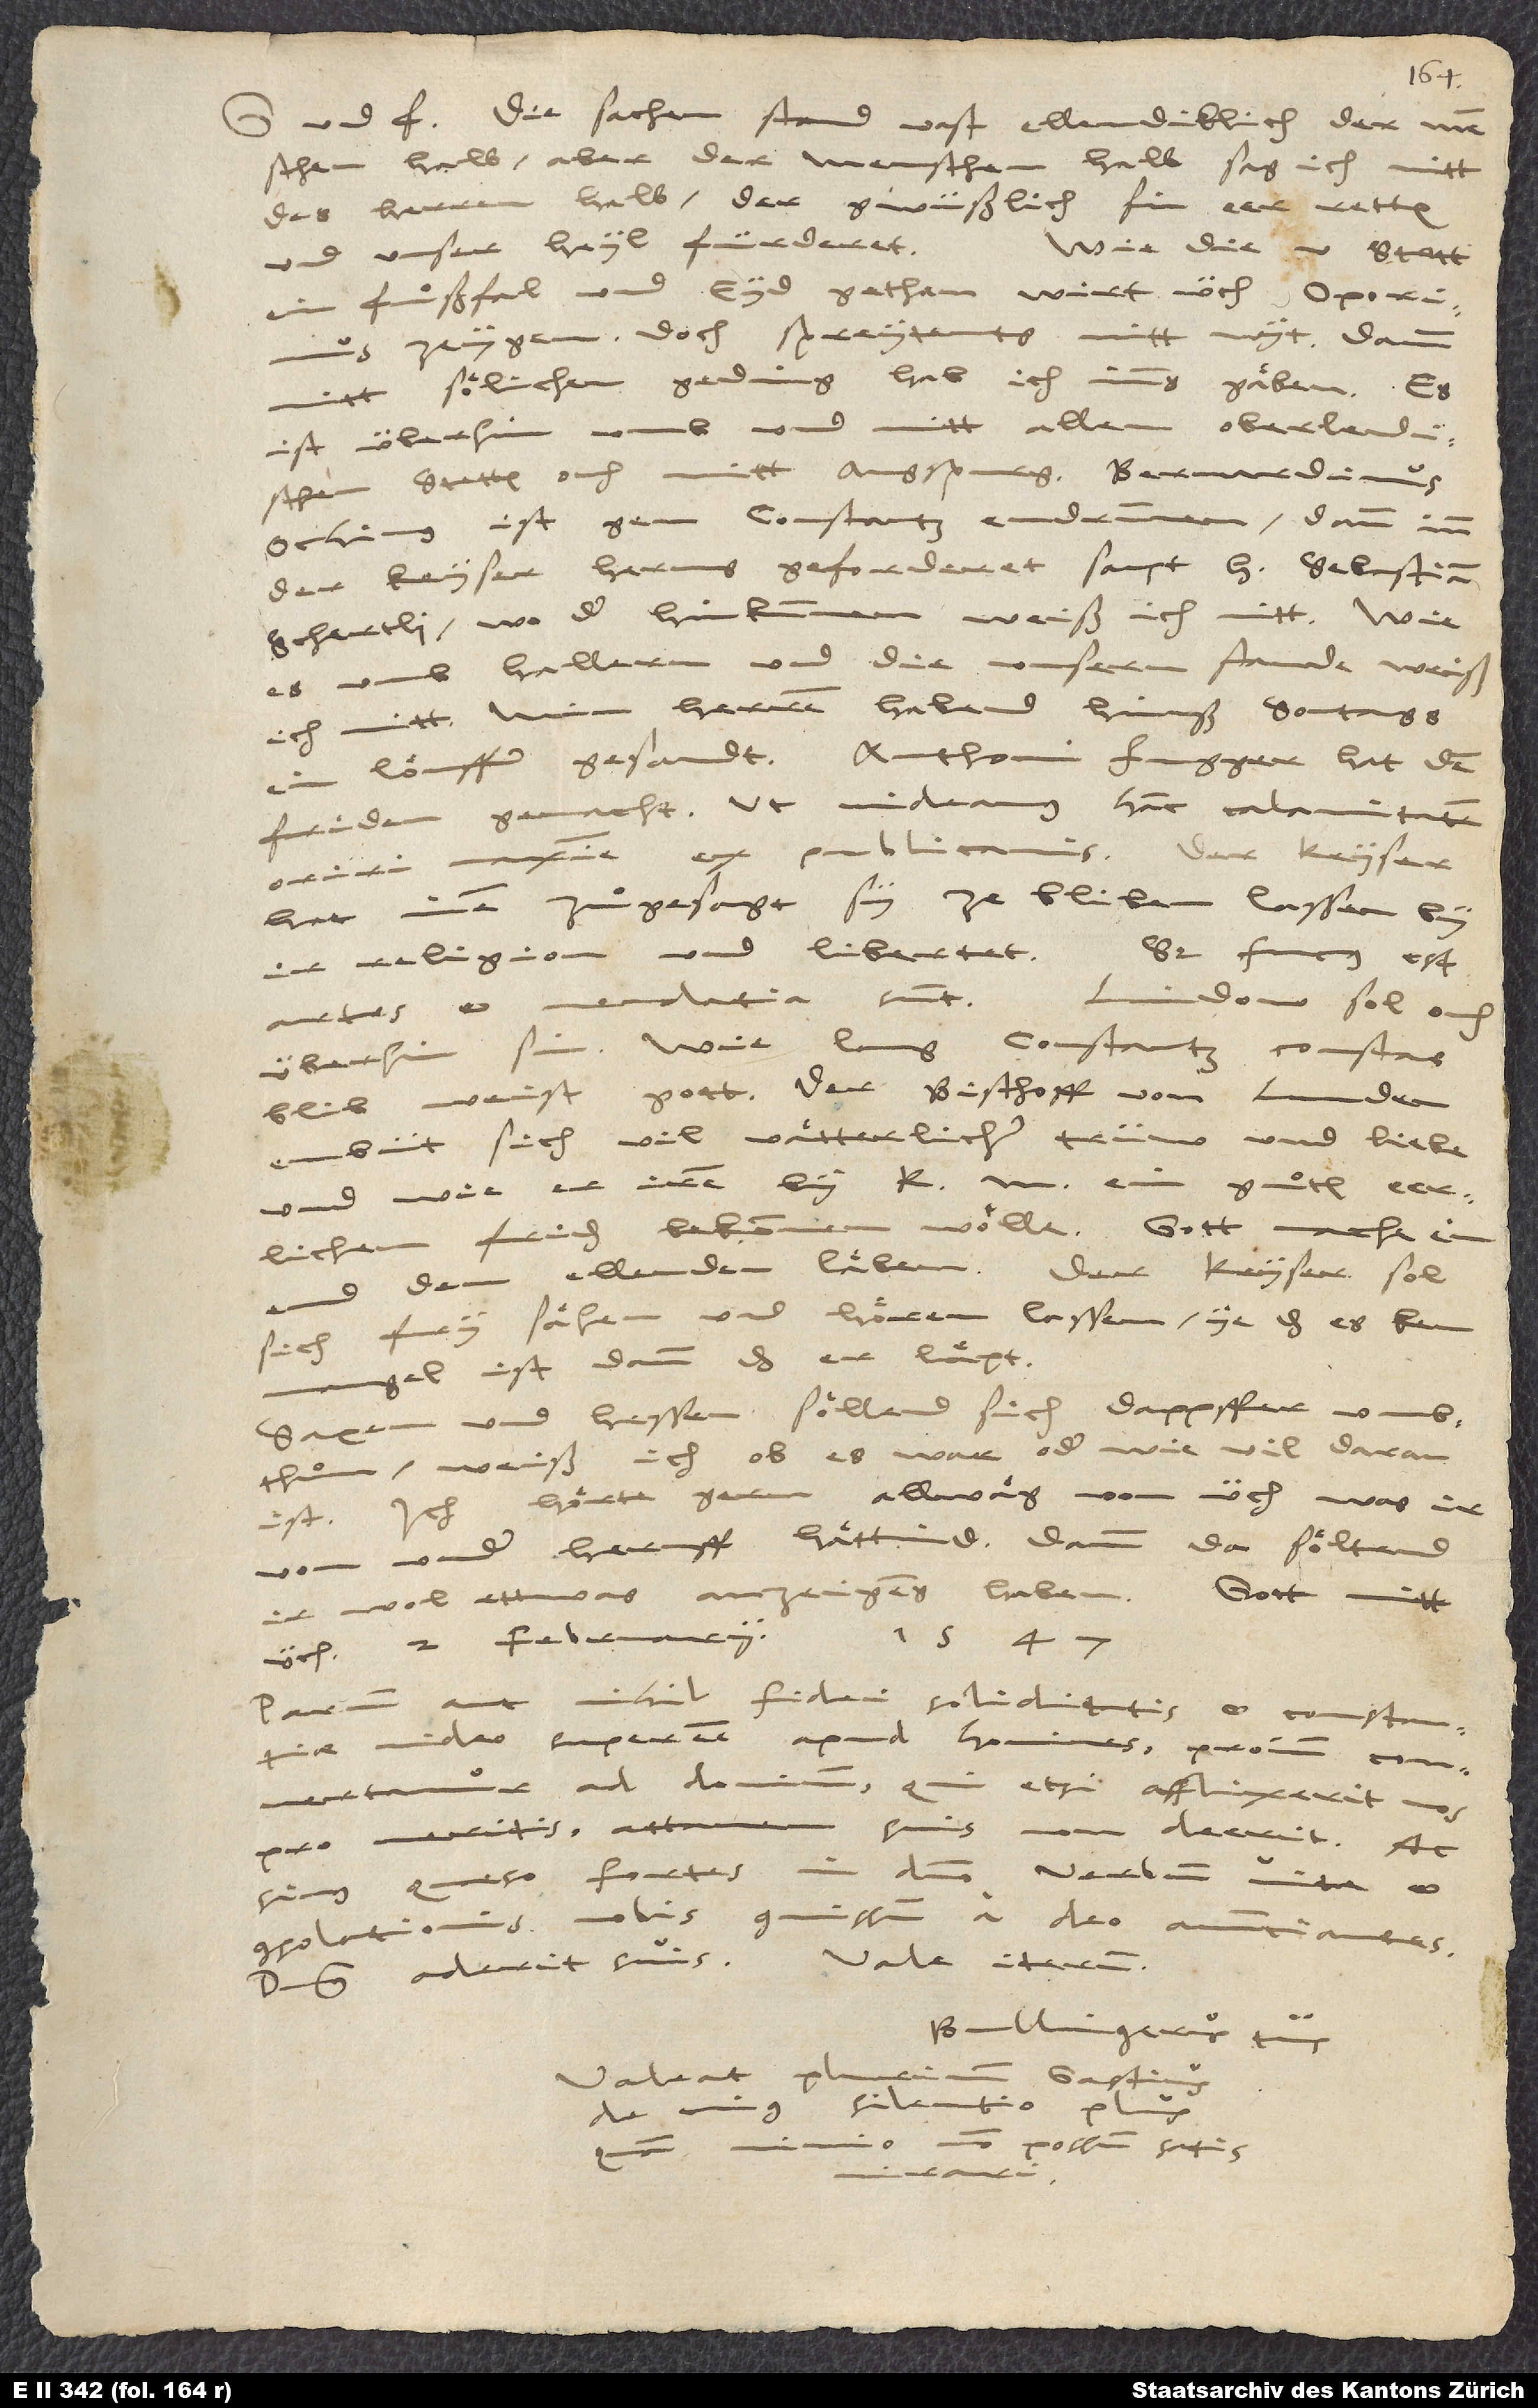
Die sachen stand vast ellendiklich der
menschen halb, aber der menschen halb, sag ich, nitt
des herren halb, der gwüßlich sin eer retten
und unser heyl fürderet.
Wie die 5 stett
ein fuͦßfal und eyd gethan, wirt üch Oporinus
zeigen; doch spreytents nitt wyt, dann
mitt soͤlichem geding hab ich imms gaͤben. Es
ist überhin umb und mitt allen oberlendischen
Ochinus ist gen Constantz endrunnen, dann inn
der keyser herusgeforderet sampt h. Sebastian
Schertli. Wo der hinkummen, weiß ich nitt. Wie
es umb Hallern und die unsern stande, weiß
ich nitt. Min herren habend hinuß sontags
friden gemacht, ut videamus hanc calamitatem
oriri maxime ex publicanis. Der keyser
hat inen zuͦgesagt, sy ze bliben lassen by
religion und libertet. Sed fucus est;
Lindow sol ouch
artes et mendacia sunt!
überhin sin. Wie lang Constantz constans
blib, weist gott! Der bischoff von Lunden
embüt sich vil vaͤtterlicher trüw und liebe,
und wie er iren by k ein guͦten eerlichen
friden bekommen woͤlle. Gott mache ein
end dem ellenden laͤben! Der keyser sol
sich fry saͤhen und hoͤren lassen, ye das es kein
mangel ist, dann das er laͤpt.
Saxen und Hessen soͤllend sich dappffer umbthuͦn.
ist. Ich hoͤrte gern allwaͤg von üch, was ir
von under heruff haͤttind, dann da soͤltend
1547.
üch. 2. februarii
aut nihil fidei, soliditatis et constantiae
Parum
video superesse apud homines. Proinde convertamur
ad dominum, qui, etsi afflixerit nos
pro meritis, attamen suis non deerit; ac
simus, quaeso, fortes in domino, verbum vitae et
consolationis nobis commissum a deo annunciantes.
Bullingerus tuus.
Valeat plurimum
Gastius,
de cuius silentio
nimio non possum satis
mirari.